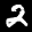
Label: 2